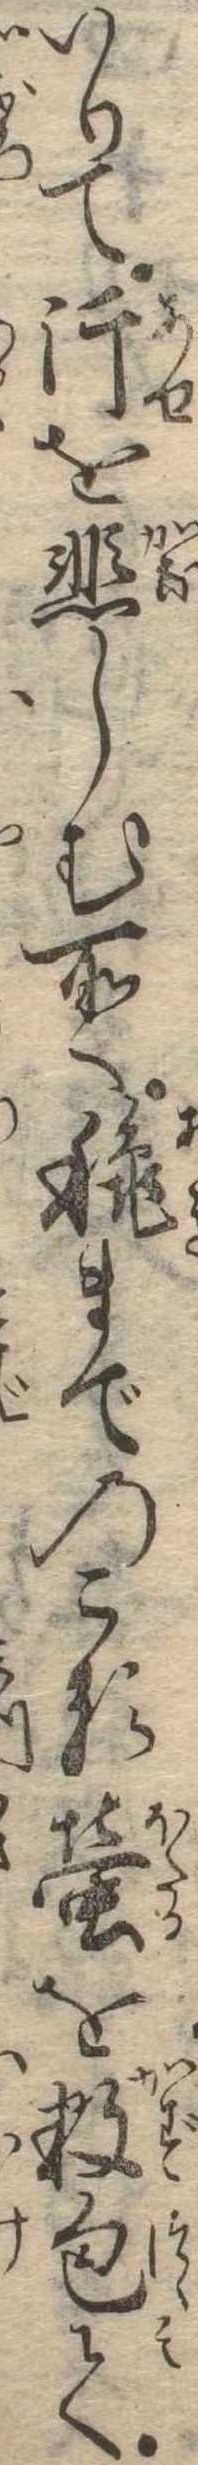
いりて汗を悲しむ所へ秋までのこる蛍を数包て